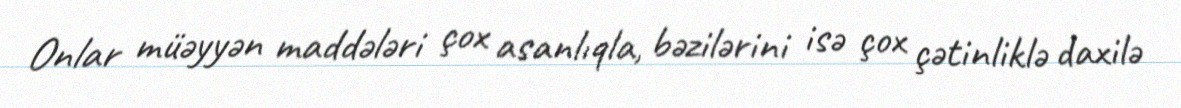
Onlar müəyyən maddələri çox asanlıqla, bəzilərini isə çox çətinliklə daxilə